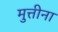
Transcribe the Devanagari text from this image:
मुत्तीना